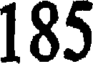
185